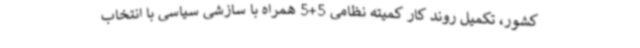
کشور، تکمیل روند کار کمیته نظامی 5+5 همراه با سازشی سیاسی با انتخاب